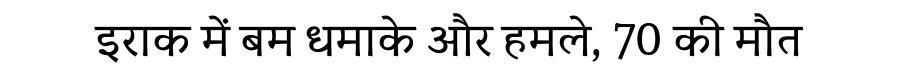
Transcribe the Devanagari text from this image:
इराक में बम धमाके और हमले, 70 की मौत